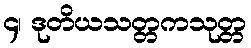
၄၊ ဒုတိယသတ္တကသုတ္တ